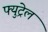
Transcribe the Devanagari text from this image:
फ्युट्रेल